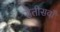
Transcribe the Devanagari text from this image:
सैतीसवाँ